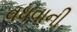
વધવાની